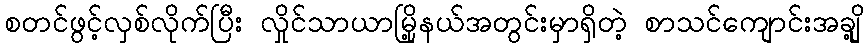
စတင်ဖွင့်လှစ်လိုက်ပြီး လှိုင်သာယာမြို့နယ်အတွင်းမှာရှိတဲ့ စာသင်ကျောင်းအချို့